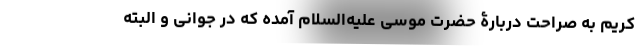
کریم به صراحت دربارۀ حضرت موسی علیه‌السلام آمده که در جوانی و البته